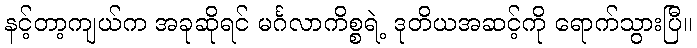
နင့်တာ့ကျယ်က အခုဆိုရင် မင်္ဂလာကိစ္စရဲ့ ဒုတိယအဆင့်ကို ရောက်သွားပြီ။